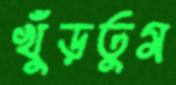
খুঁড়তুম